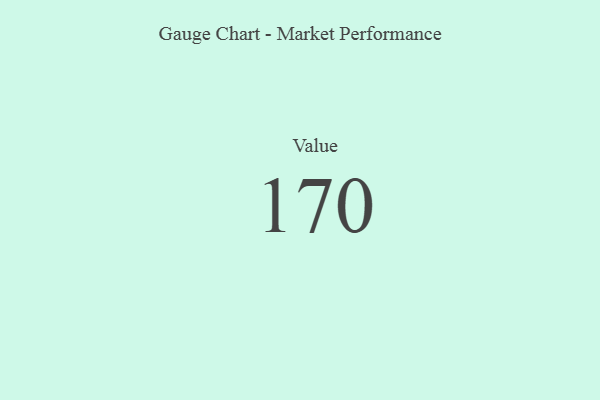
{"axis": {"x": "Metric", "y": "Value"}, "legend": [""], "data": [{"x": "Value", "y": 170, "type": ""}]}